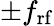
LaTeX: \pm f_{\mathrm{rf}}